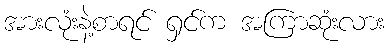
အားလုံးနဲ့စာရင် ရှင်က အကြာဆုံးလား